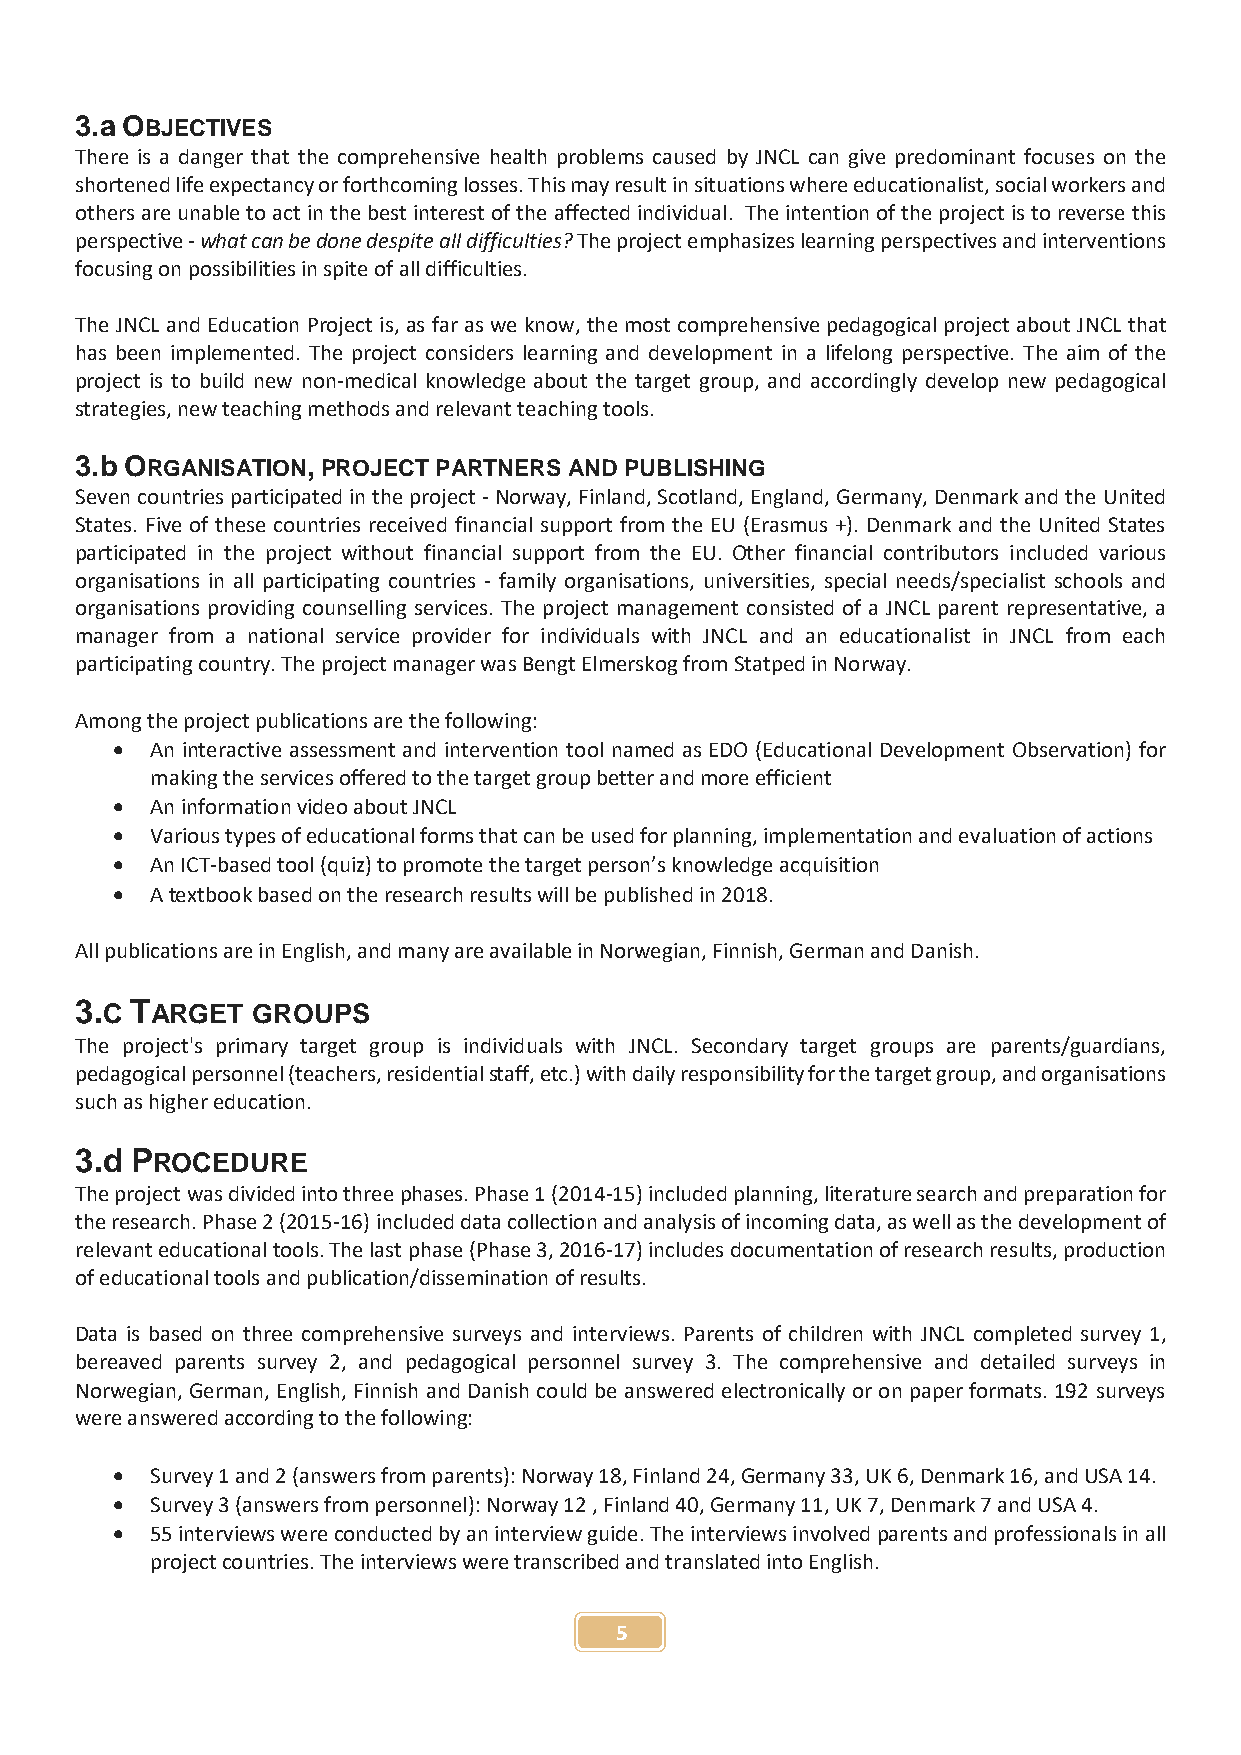
3.a OBJECTIVES
 There is a danger that the comprehensive health problems caused by JNCL can give predominant focuses on the
 shortened life expectancy or forthcoming losses. This may result in situations where educationalist, social workers and
 others are unable to act in the best interest of the affected individual. The intention of the project is to reverse this
 perspective - what can be done despite all difficulties? The project emphasizes learning perspectives and interventions
 focusing on possibilities in spite of all difficulties.
 The JNCL and Education Project is, as far as we know, the most comprehensive pedagogical project about JNCL that
 has been implemented. The project considers learning and development in a lifelong perspective. The aim of the
 project is to build new non-medical knowledge about the target group, and accordingly develop new pedagogical
 strategies, new teaching methods and relevant teaching tools.
 3.b ORGANISATION, PROJECT PARTNERS AND PUBLISHING
 Seven countries participated in the project - Norway, Finland, Scotland, England, Germany, Denmark and the United
 States. Five of these countries received financial support from the EU (Erasmus +). Denmark and the United States
 participated in the project without financial support from the EU. Other financial contributors included various
 organisations in all participating countries - family organisations, universities, special needs/specialist schools and
 organisations providing counselling services. The project management consisted of a JNCL parent representative, a
 manager from a national service provider for individuals with JNCL and an educationalist in JNCL from each
 participating country. The project manager was Bengt Elmerskog from Statped in Norway.
 Among the project publications are the following:
   An interactive assessment and intervention tool named as EDO (Educational Development Observation) for
 making the services offered to the target group better and more efficient
   An information video about JNCL
   Various types of educational forms that can be used for planning, implementation and evaluation of actions
   An ICT-based tool (quiz) to promote the target person’s knowledge acquisition
   A textbook based on the research results will be published in 2018.
 All publications are in English, and many are available in Norwegian, Finnish, German and Danish.
 3.C TARGET  GROUPS
 The project's primary target group is individuals with JNCL. Secondary target groups are parents/guardians,
 pedagogical personnel (teachers, residential staff, etc.) with daily responsibility for the target group, and organisations
 such as higher education.
 3.d PROCEDURE
 The project was divided into three phases. Phase 1 (2014-15) included planning, literature search and preparation for
 the research. Phase 2 (2015-16) included data collection and analysis of incoming data, as well as the development of
 relevant educational tools. The last phase (Phase 3, 2016-17) includes documentation of research results, production
 of educational tools and publication/dissemination of results.
 Data is based on three comprehensive surveys and interviews. Parents of children with JNCL completed survey 1,
 bereaved parents survey 2, and pedagogical personnel survey 3. The comprehensive and detailed surveys in
 Norwegian, German, English, Finnish and Danish could be answered electronically or on paper formats. 192 surveys
 were answered according to the following:
   Survey 1 and 2 (answers from parents): Norway 18, Finland 24, Germany 33, UK 6, Denmark 16, and USA 14.
   Survey 3 (answers from personnel): Norway 12 , Finland 40, Germany 11, UK 7, Denmark 7 and USA 4.
   55 interviews were conducted by an interview guide. The interviews involved parents and professionals in all
 project countries. The interviews were transcribed and translated into English.
 5